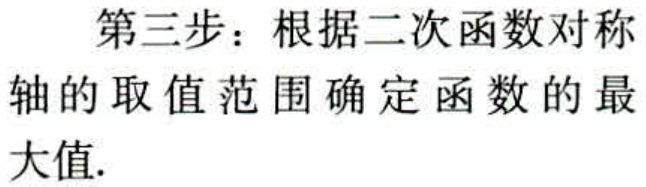
第三步：根据二次函数对称轴的取值范围确定函数的最大值.